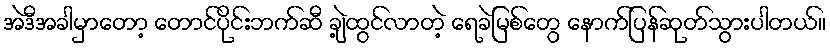
အဲဒီအခါမှာတော့ တောင်ပိုင်းဘက်ဆီ ချဲ့ထွင်လာတဲ့ ရေခဲမြစ်တွေ နောက်ပြန်ဆုတ်သွားပါတယ်။